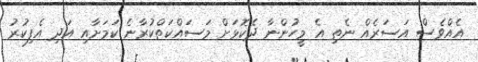
އެއްވެސް އަސަރެއް ނެތި އެ މީހުންނާ ދެކޮޅަށް މަސައްކަތްކުރާނެ ކަމަށާއި އަދި އެފިކުރު